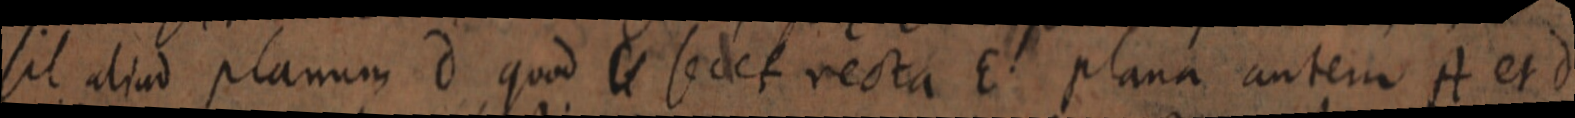
sit aliud planum d quod _ secet recta E plana autem A et d